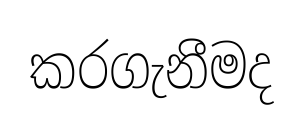
කරගැනීමද